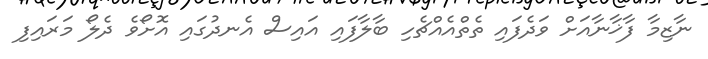
ނާޒިމާ ފާޚާނާއަށް ވަދެފައި ތެތްއެއްޗެހި ބާލާފައި އައިސް އެނދުގައި އޮށޯވެ ދެލޯ މަރައިފި